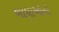
બાધાઓનો